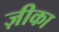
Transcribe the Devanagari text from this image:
ज़ीका